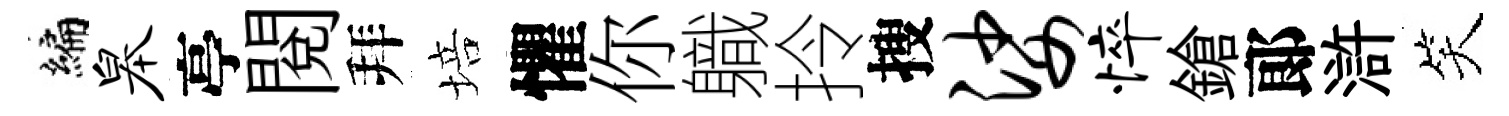
编皋亭閱拜培懼你軄拎搜娑悴鎗郞滸笑